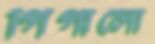
গিগালো